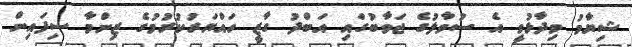
ޝިޔާމު ވިދާޅުވީ އެ ސުވާލުގެ ޖަވާބުގައި އަބްދު ގާޒީ ހައްޔަރުކުރުމުގެ ޒިންމާ ސިފައިން